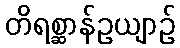
တိရစ္ဆာန်ဥယျာဉ်